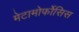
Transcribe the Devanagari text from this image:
मेटामोर्फोसिस